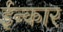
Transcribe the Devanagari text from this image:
ईन्कार